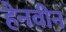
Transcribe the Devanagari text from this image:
हेनवीन